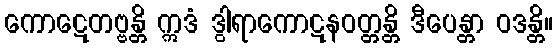
ကောဋေတဗ္ဗန္တိ ဣဒံ ဒွါရာကောဋနဝတ္တန္တိ ဒီပေန္တာ ဝဒန္တိ။